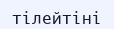
тілейтіні